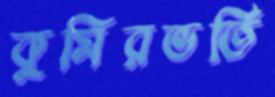
কুমিরভর্তি